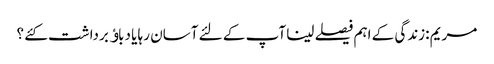
مریم :زندگی کے اہم فیصلے لینا آپ کے لئے آسان رہا یا دباﺅ برداشت کئے ؟